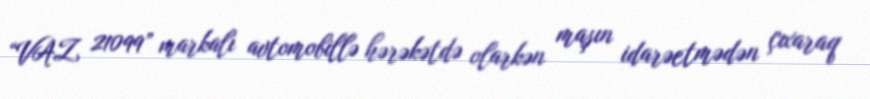
“VAZ 21099” markalı avtomobillə hərəkətdə olarkən maşın idarəetmədən çıxaraq